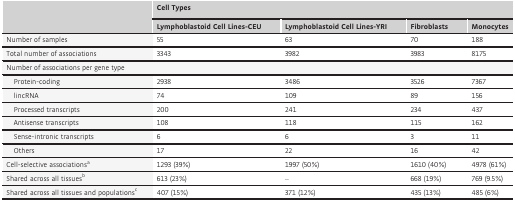
<table><thead><tr><td></td><td colspan="4"><b>Cell Types</b></td></tr><tr><td></td><td><b>Lymphoblastoid Cell Lines-CEU</b></td><td><b>Lymphoblastoid Cell Lines-YRI</b></td><td><b>Fibroblasts</b></td><td><b>Monocytes</b></td></tr></thead><tbody><tr><td>Number of samples</td><td>55</td><td>63</td><td>70</td><td>188</td></tr><tr><td>Total number of associations</td><td>3343</td><td>3982</td><td>3983</td><td>8175</td></tr><tr><td colspan="5">Number of associations per gene type</td></tr><tr><td> Protein-coding</td><td>2938</td><td>3486</td><td>3526</td><td>7367</td></tr><tr><td> lincRNA</td><td>74</td><td>109</td><td>89</td><td>156</td></tr><tr><td> Processed transcripts</td><td>200</td><td>241</td><td>234</td><td>437</td></tr><tr><td> Antisense transcripts</td><td>108</td><td>118</td><td>115</td><td>162</td></tr><tr><td> Sense-intronic transcripts</td><td>6</td><td>6</td><td>3</td><td>11</td></tr><tr><td> Others</td><td>17</td><td>22</td><td>16</td><td>42</td></tr><tr><td>Cell-selective associationsa</td><td>1293 (39%)</td><td>1997 (50%)</td><td>1610 (40%)</td><td>4978 (61%)</td></tr><tr><td>Shared across all tissuesb</td><td>613 (23%)</td><td>–</td><td>668 (19%)</td><td>769 (9.5%)</td></tr><tr><td>Shared across all tissues and populationsc</td><td>407 (15%)</td><td>371 (12%)</td><td>435 (13%)</td><td>485 (6%)</td></tr></tbody></table>